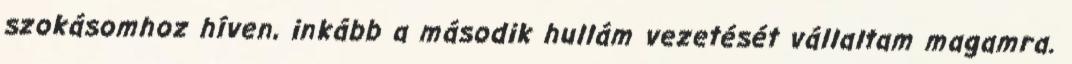
szokásomhoz híven, inkább a második hullám vezetését vállaltam magamra.